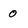
Character: 0